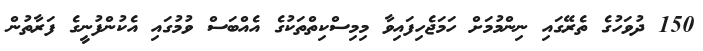
150 ދުވަހުގެ ތެރޭގައި ނިންމުމަށް ހަމަޖެހިފައިވާ މިމިސްކިތްތަކުގެ އެއްބަސް ވުމުގައި އެކުންފުނީގެ ފަރާތުން